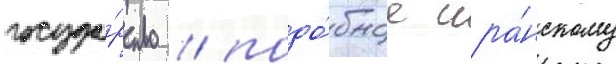
госуда́рство / подо́бное ира́нскому